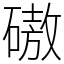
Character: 磝